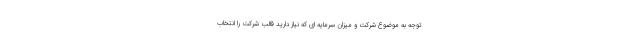
توجه به موضوع شرکت و میزان سرمایه ای که نیاز دارید قالب شرکت را انتخاب